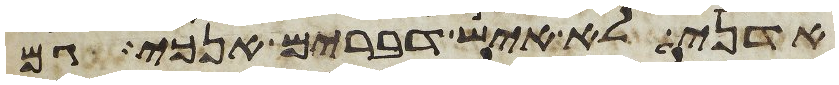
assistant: אדני לא איש דברים אנכי גם